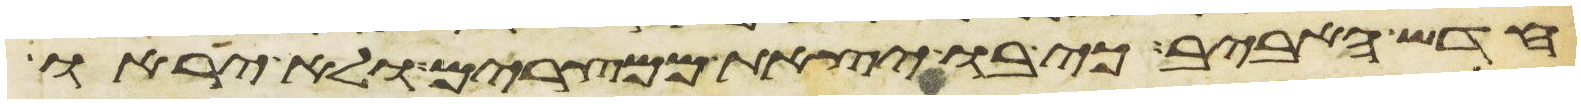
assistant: חדש האביב כי בו יצאת ממצרים ולא יראו